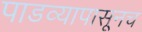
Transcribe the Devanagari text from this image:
पाडव्यापासूनच